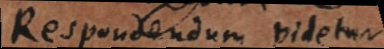
Respondendum videtur